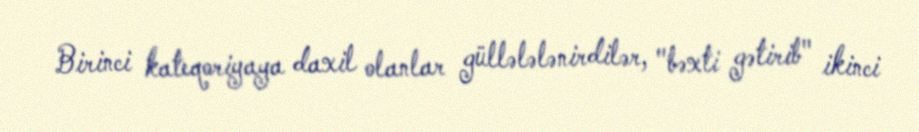
Birinci kateqoriyaya daxil olanlar güllələlənirdilər, "bəxti gətirib" ikinci